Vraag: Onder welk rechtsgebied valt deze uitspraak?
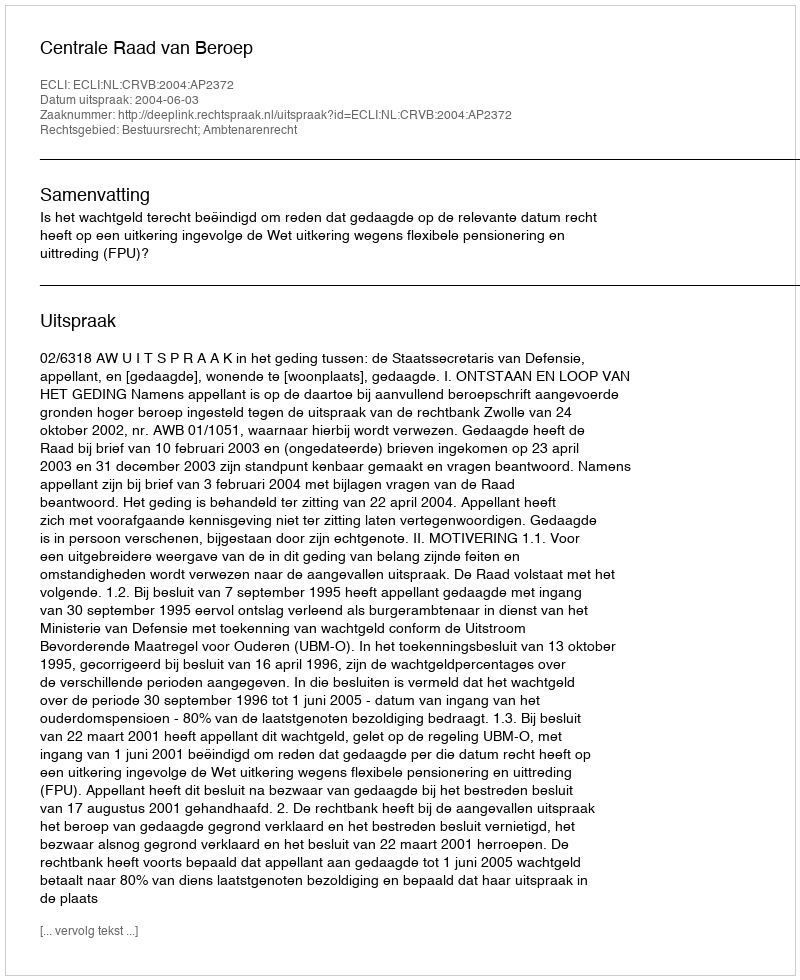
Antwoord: Bestuursrecht; Ambtenarenrecht